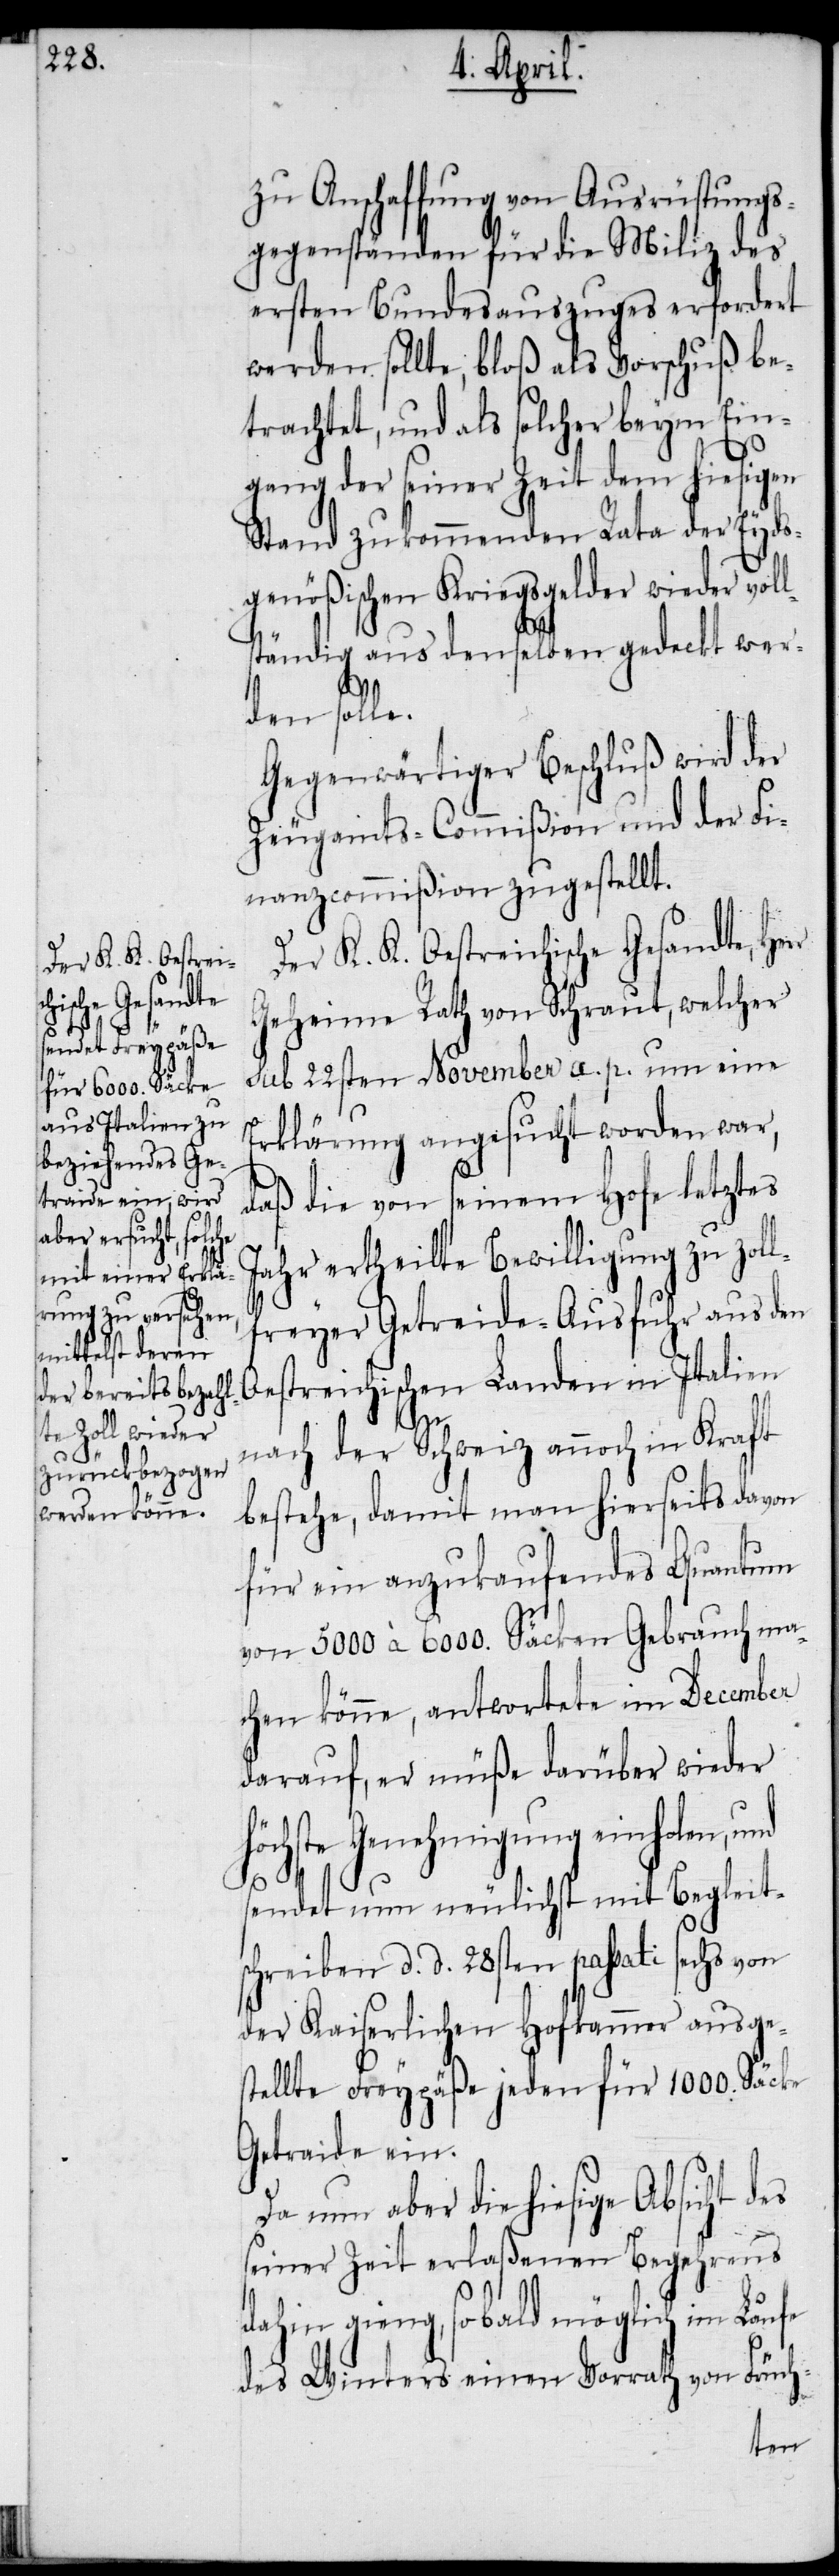
zu Anschaffung von Ausrüstungs¬
gegenständen für die Miliz des
ersten Bundesauszuges erfordert
werden sollte, bloß als Vorschuß be¬
trachtet, und als solcher beym Ein¬
r
gang der seiner Zeit dem hiesigen
Stand zukommenden Rata der Eyds¬
genößischen Kriegsgelder wieder voll¬
ständig aus denselben gedeckt wer¬
den solle.
Gegenwärtiger Beschluß wird der
Zeugamts-Commißion und der Fi¬
nanzcommißion zugestellt.
Der K. K. Oestreichische Gesandte, Her¬
Geheime Rath von Schraut, welcher
sub 22sten November a. p. um eine
Erklärung angesucht worden war,
daß die von seinem Hofe letztes
Jahr ertheilte Bewilligung zu zoll¬
freyer Getreide-Ausfuhr aus den
Oestreichischen Landen in Italien
nach der Schweiz annoch in Kraft
bestehe, damit man hierseits davon
für ein anzukaufendes Quantum
von 5000 à 6000. Säcken Gebrauch ma¬
chen könne, antwortete im December
darauf, er müße darüber wieder
höchste Genehmigung einholen,
sendet nun neulichst mit Begleits¬
chreiben d. d. 28sten passati sechs von
der Kaiserlichen Hofkammer ausges¬
tellte Freypäße jeden für 1000. Säcke
Getraide ein.
Da nun aber die hiesige Absicht des
seiner Zeit erlaßenen Begehrens
dahin gieng, sobald möglich im Laufe
des Winters einen Vorrath von Früch-